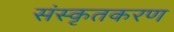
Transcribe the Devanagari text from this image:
संस्कृतकरण